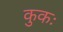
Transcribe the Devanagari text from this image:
कुकः